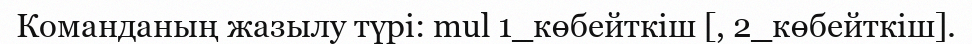
Команданың жазылу түрі: mul 1_көбейткіш [, 2_көбейткіш].